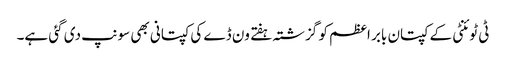
‏ ٹی ٹوئنٹی کے کپتان بابر اعظم کو گزشتہ ہفتے ون ڈے کی کپتانی بھی سونپ دی گئی ہے۔